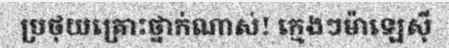
ប្រថុយគ្រោះថ្នាក់ណាស់! ក្មេងៗម៉ាឡេស៊ី